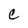
Character: C